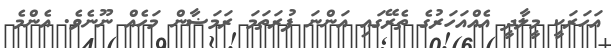
އަހަރަކީ މީލާދީ އެއްއަހަރުގެ ތެރޭގައި އަންނަ ފުރަތަމަ ރަމަޟާން މަހެއް ނޫނެވެ. އެންމެ